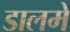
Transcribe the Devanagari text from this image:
डालमे